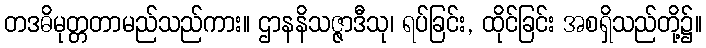
တဒဓိမုတ္တတာမည်သည်ကား။ ဌာနနိသဇ္ဇာဒီသု၊ ရပ်ခြင်း, ထိုင်ခြင်း အစရှိသည်တို့၌။